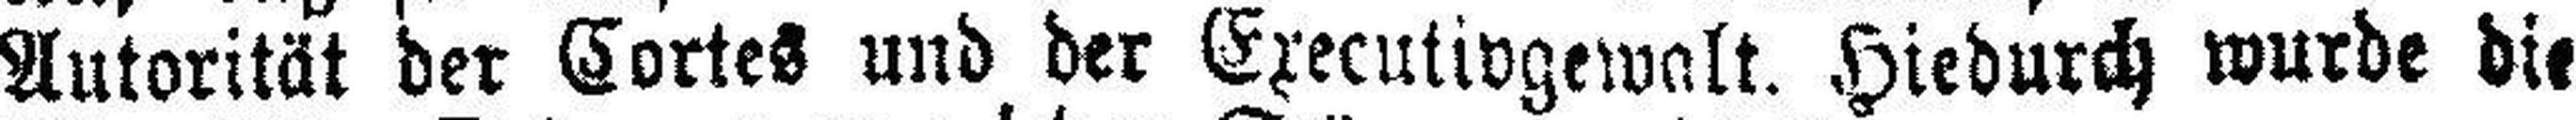
Autorität der Cortes und der Executivgewalt. Hiedurch wurde die